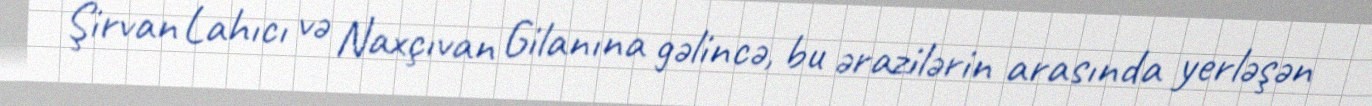
Şirvan Lahıcı və Naxçıvan Gilanına gəlincə, bu ərazilərin arasında yerləşən